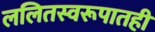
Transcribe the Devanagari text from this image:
ललितस्वरूपातही